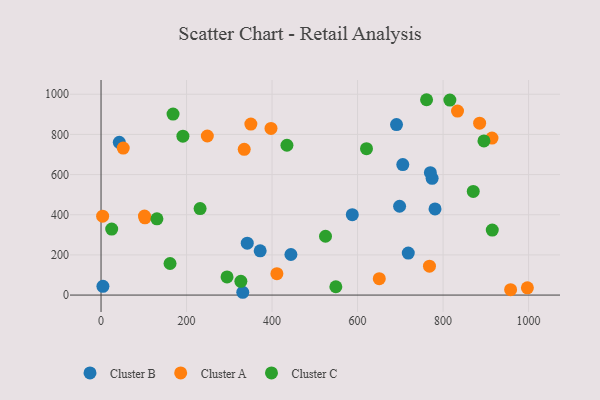
{"axis": {"x": "Speed", "y": "Salary"}, "legend": ["Cluster A", "Cluster B", "Cluster C"], "data": [{"x": "691.1", "y": 849.2, "type": "Cluster B"}, {"x": "774.4", "y": 581.4, "type": "Cluster B"}, {"x": "42.7", "y": 760.9, "type": "Cluster B"}, {"x": "444.1", "y": 202.1, "type": "Cluster B"}, {"x": "718.6", "y": 209.0, "type": "Cluster B"}, {"x": "781.2", "y": 429.0, "type": "Cluster B"}, {"x": "342.0", "y": 258.2, "type": "Cluster B"}, {"x": "705.8", "y": 649.9, "type": "Cluster B"}, {"x": "770.3", "y": 609.7, "type": "Cluster B"}, {"x": "372.2", "y": 220.3, "type": "Cluster B"}, {"x": "331.5", "y": 13.9, "type": "Cluster B"}, {"x": "698.3", "y": 442.2, "type": "Cluster B"}, {"x": "4.4", "y": 43.6, "type": "Cluster B"}, {"x": "587.7", "y": 400.3, "type": "Cluster B"}, {"x": "3.7", "y": 392.9, "type": "Cluster A"}, {"x": "997.2", "y": 36.0, "type": "Cluster A"}, {"x": "102.7", "y": 384.5, "type": "Cluster A"}, {"x": "650.8", "y": 81.5, "type": "Cluster A"}, {"x": "833.8", "y": 916.5, "type": "Cluster A"}, {"x": "914.4", "y": 781.6, "type": "Cluster A"}, {"x": "958.0", "y": 26.7, "type": "Cluster A"}, {"x": "248.6", "y": 792.1, "type": "Cluster A"}, {"x": "885.5", "y": 856.2, "type": "Cluster A"}, {"x": "334.9", "y": 725.6, "type": "Cluster A"}, {"x": "51.9", "y": 732.2, "type": "Cluster A"}, {"x": "101.6", "y": 393.2, "type": "Cluster A"}, {"x": "411.3", "y": 106.7, "type": "Cluster A"}, {"x": "397.5", "y": 830.0, "type": "Cluster A"}, {"x": "350.4", "y": 851.7, "type": "Cluster A"}, {"x": "768.2", "y": 143.8, "type": "Cluster A"}, {"x": "549.2", "y": 41.3, "type": "Cluster C"}, {"x": "620.9", "y": 729.1, "type": "Cluster C"}, {"x": "294.7", "y": 90.5, "type": "Cluster C"}, {"x": "161.4", "y": 157.1, "type": "Cluster C"}, {"x": "525.0", "y": 292.9, "type": "Cluster C"}, {"x": "870.6", "y": 515.9, "type": "Cluster C"}, {"x": "231.7", "y": 430.9, "type": "Cluster C"}, {"x": "24.9", "y": 328.4, "type": "Cluster C"}, {"x": "130.7", "y": 379.9, "type": "Cluster C"}, {"x": "191.5", "y": 791.5, "type": "Cluster C"}, {"x": "895.6", "y": 767.8, "type": "Cluster C"}, {"x": "761.4", "y": 972.8, "type": "Cluster C"}, {"x": "327.0", "y": 68.3, "type": "Cluster C"}, {"x": "168.4", "y": 901.2, "type": "Cluster C"}, {"x": "434.8", "y": 746.0, "type": "Cluster C"}, {"x": "815.9", "y": 970.9, "type": "Cluster C"}, {"x": "915.1", "y": 323.7, "type": "Cluster C"}]}